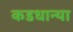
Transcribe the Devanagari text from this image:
कडधान्या